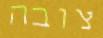
צובה